65_HS1-834228961_62-HQ-83894_Section_4
Agency: FBI
Page 210
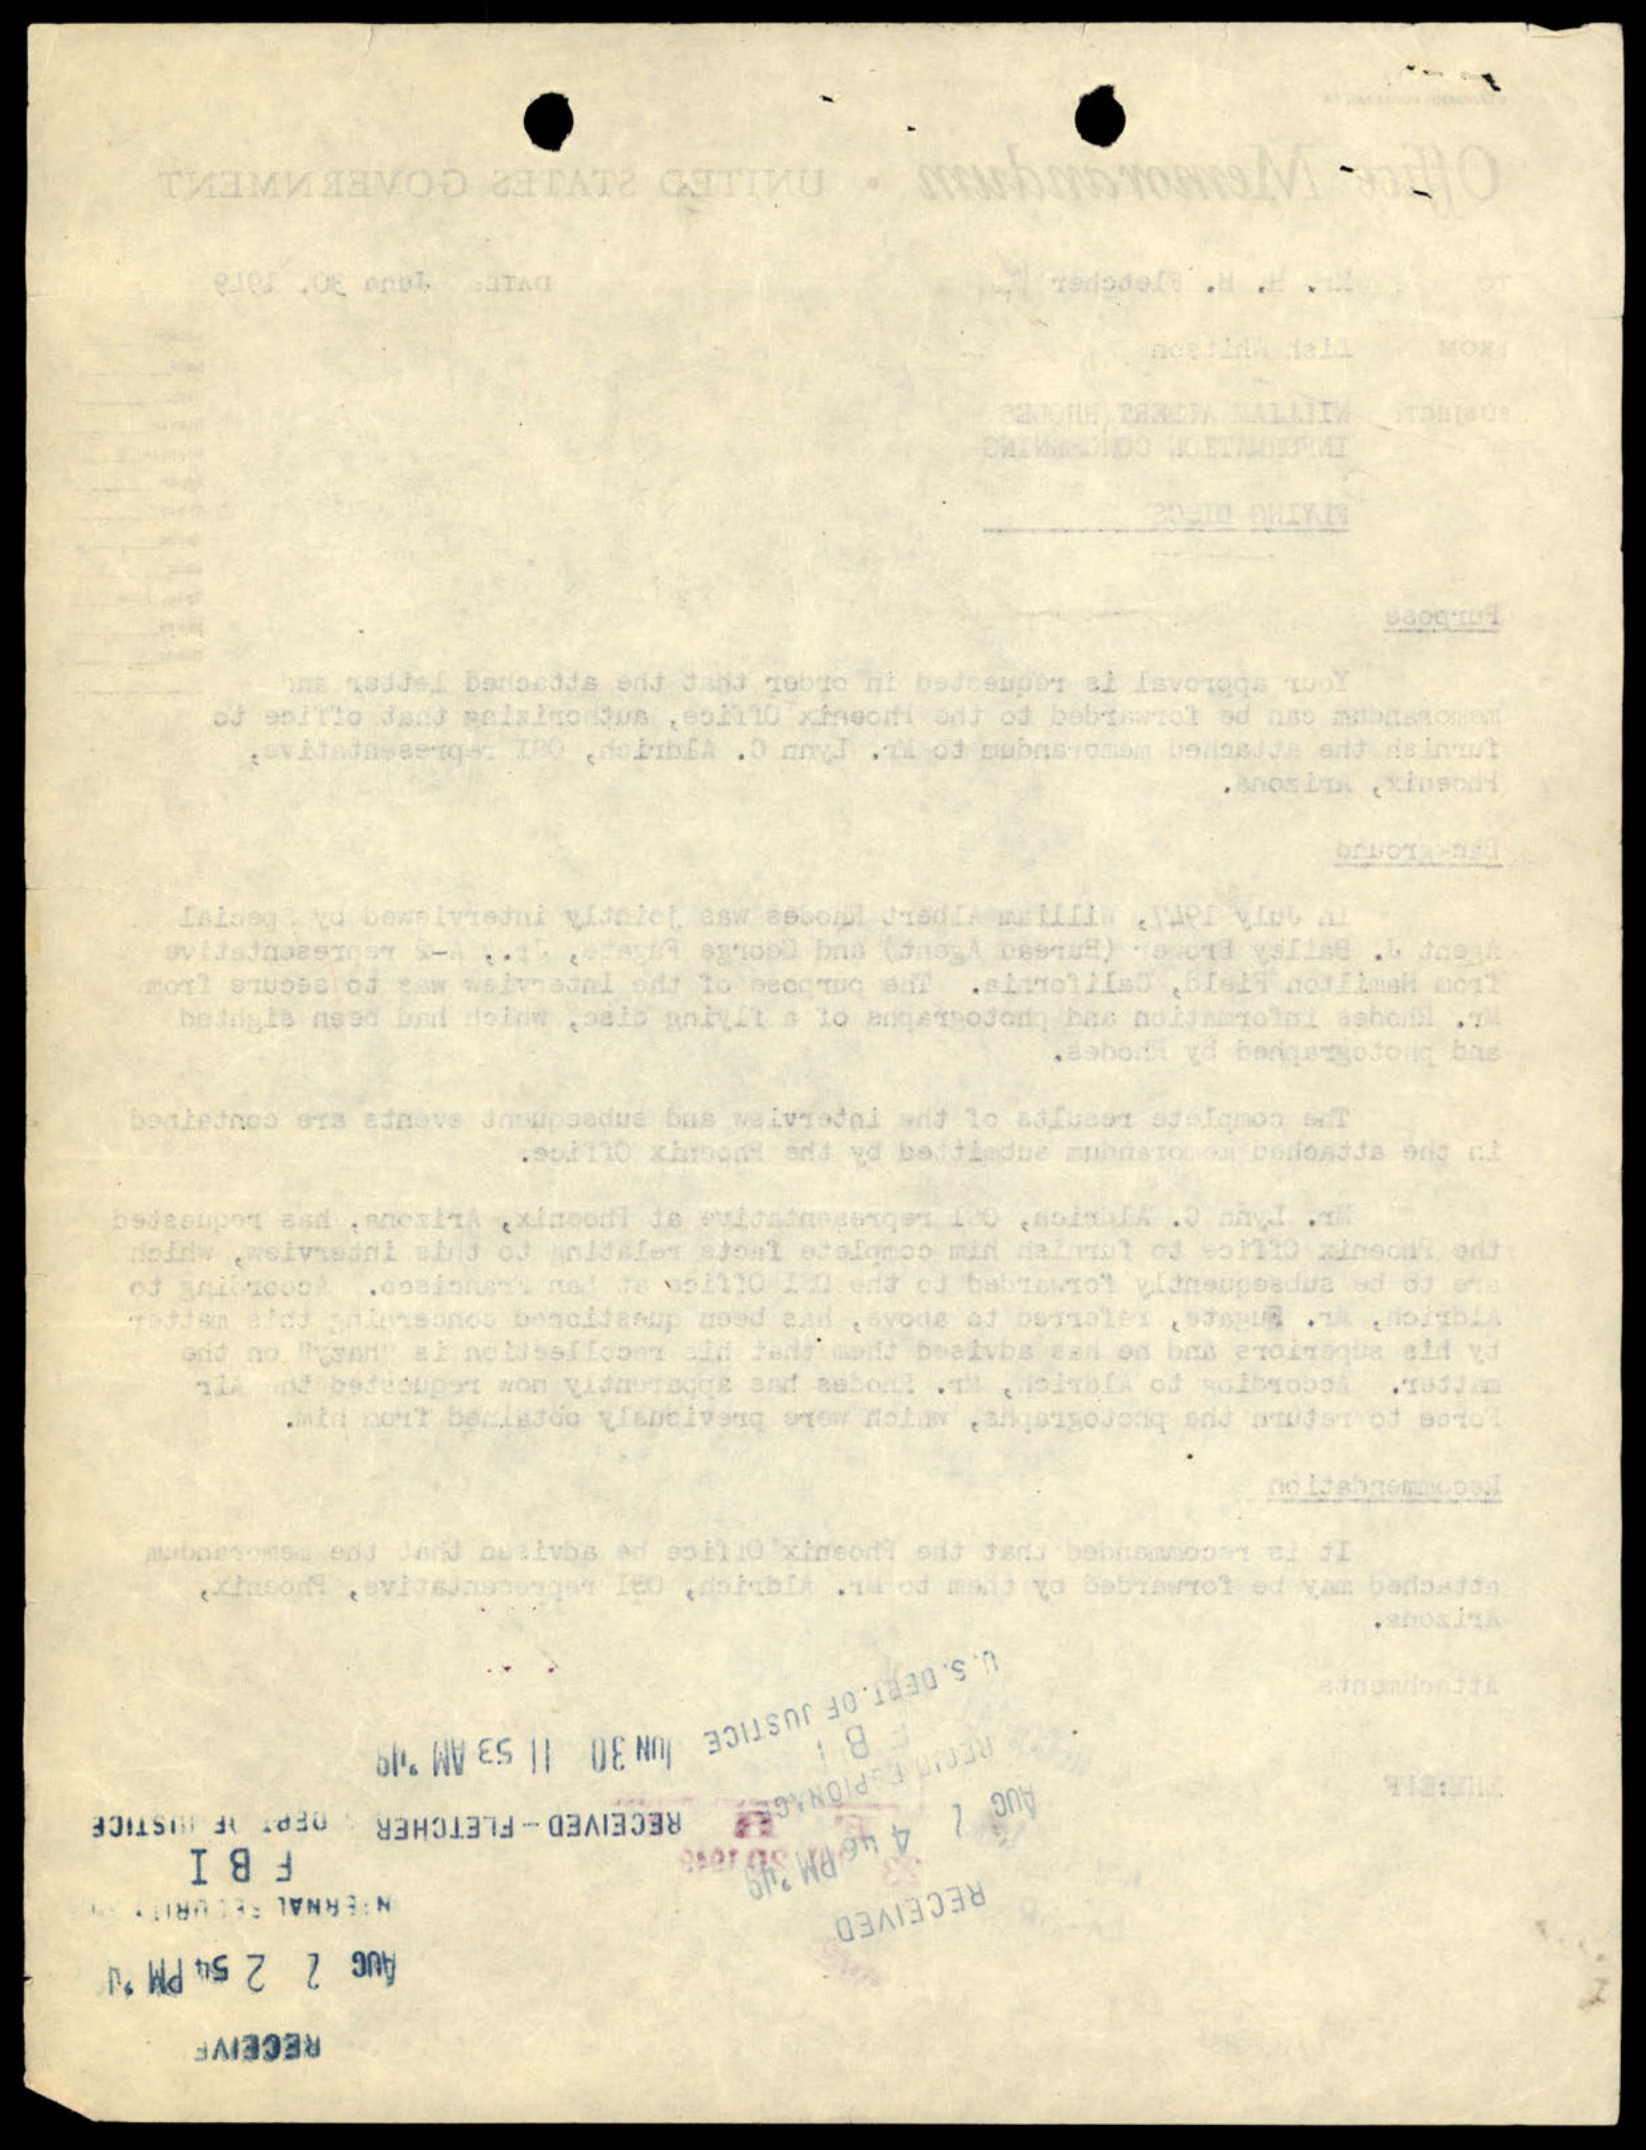